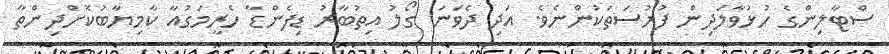
ސްޓާލިންގެ ހުޅުވާލަދިން ފުރުސަތަކުންނެވެ. އަދި ދެވަނަ ގޯލު އިތުބާރު ޑިފެންޑާ ހެރީމަގުއާ ކާމިޔާބުކޮށްދިންތާ